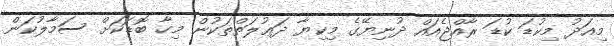
މިއަދު މިކުޑަ ކުޑަ ރާއްޖެއައް ދުނިޔޭގެ މިކިޔާ ދަޢުލަތްތަކުން މިހާ ބޮޑަކަށް ސަމާލުކަން